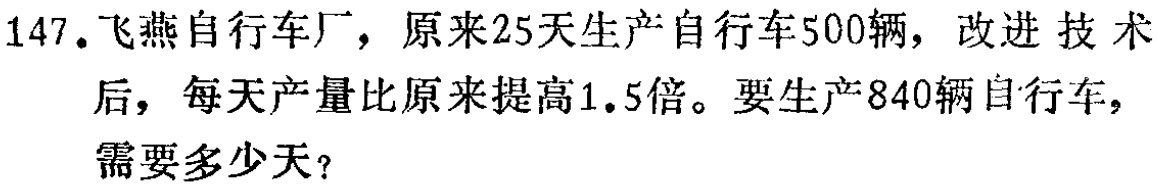
147. 飞燕自行车厂，原来25天生产自行车500辆，改进技术后，每天产量比原来提高1.5倍。要生产840辆自行车，需要多少天？